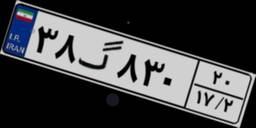
۳۸گ۸۳۰۲۰